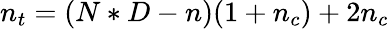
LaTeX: n_{t}=(N*D-n)(1+n_{c})+2n_{c}